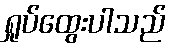
ရှုပ်ထွေးပါသည်